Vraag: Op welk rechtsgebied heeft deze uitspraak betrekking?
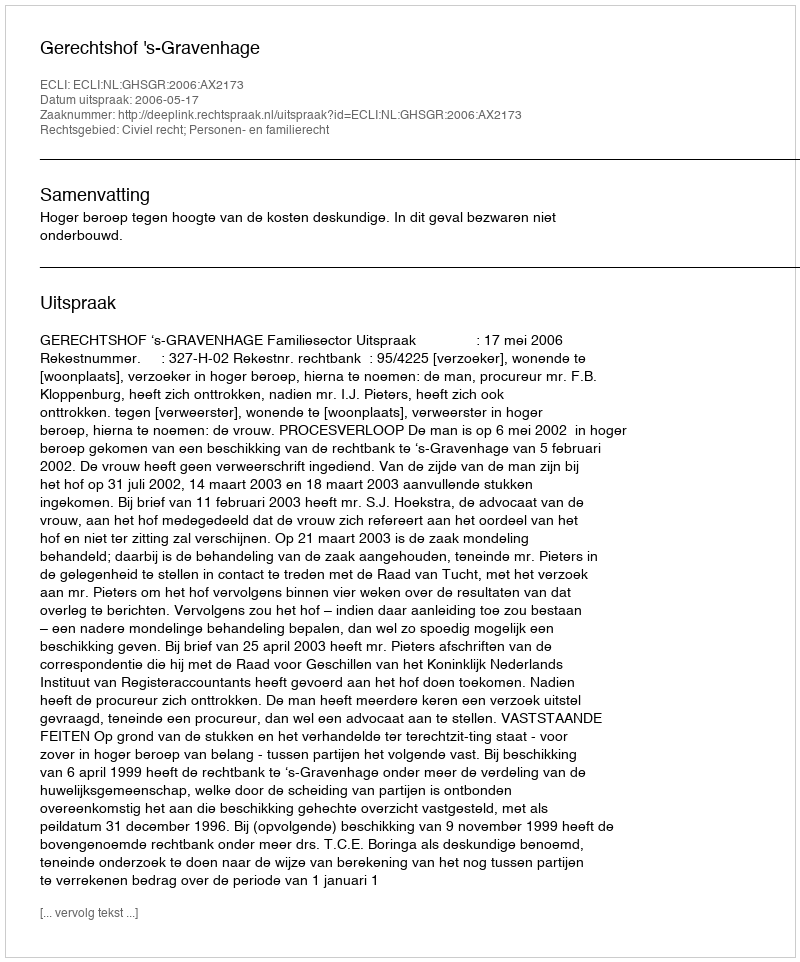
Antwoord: Civiel recht; Personen- en familierecht